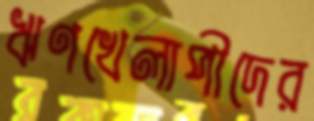
ঋণখেলাপীদের